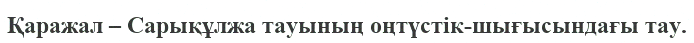
Қаражал – Сарықұлжа тауының оңтүстік-шығысындағы тау.